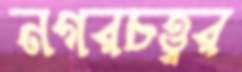
নগরচত্ত্বর